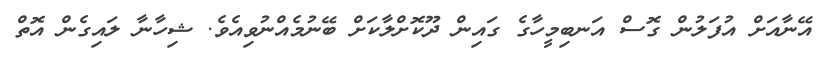
އޭނާއަށް އުފަލުން ގޮސް އަނބިމީހާގެ ގައިން ދޫކޮށްލާކަށް ބޭނުމެއްނުވިއެވެ. ޝިހާނާ ލައިގެން އޮތް